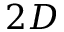
2 D